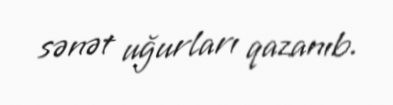
sənət uğurları qazanıb.